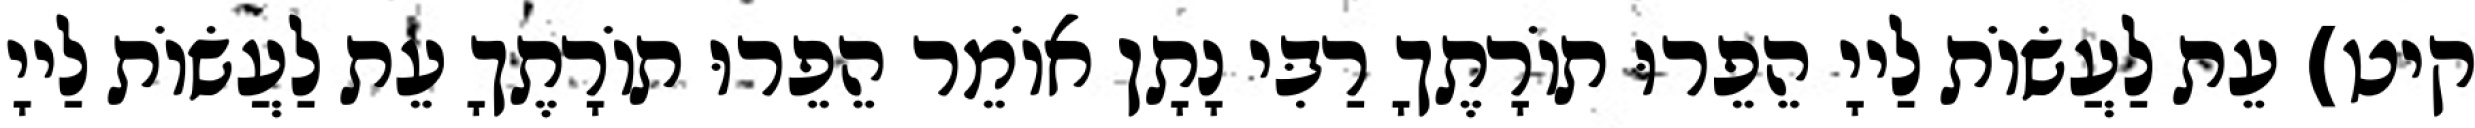
קיט) עֵת לַעֲשׂוֹת לַייָ הֵפֵרוּ תוֹרָתֶךָ רַבִּי נָתָן אוֹמֵר הֵפֵרוּ תוֹרָתֶךָ עֵת לַעֲשׂוֹת לַייָ